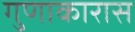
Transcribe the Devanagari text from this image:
गुणाकारास